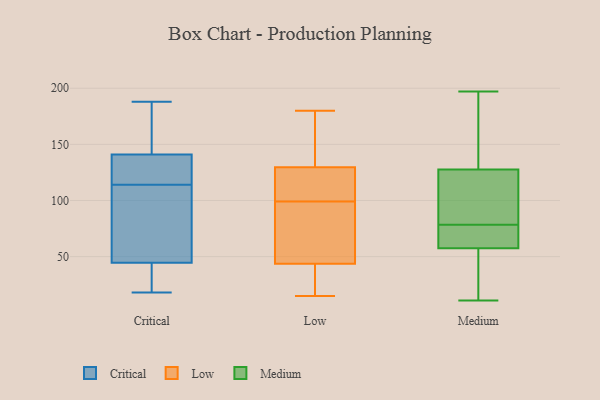
{"axis": {"x": "Page Views", "y": "Value"}, "legend": ["Critical", "Low", "Medium"], "data": [{"x": "", "y": 145, "type": "Critical"}, {"x": "", "y": 42, "type": "Critical"}, {"x": "", "y": 24, "type": "Critical"}, {"x": "", "y": 188, "type": "Critical"}, {"x": "", "y": 132, "type": "Critical"}, {"x": "", "y": 20, "type": "Critical"}, {"x": "", "y": 18, "type": "Critical"}, {"x": "", "y": 144, "type": "Critical"}, {"x": "", "y": 52, "type": "Critical"}, {"x": "", "y": 113, "type": "Critical"}, {"x": "", "y": 29, "type": "Critical"}, {"x": "", "y": 114, "type": "Critical"}, {"x": "", "y": 117, "type": "Critical"}, {"x": "", "y": 179, "type": "Critical"}, {"x": "", "y": 86, "type": "Critical"}, {"x": "", "y": 77, "type": "Critical"}, {"x": "", "y": 173, "type": "Critical"}, {"x": "", "y": 121, "type": "Critical"}, {"x": "", "y": 119, "type": "Critical"}, {"x": "", "y": 15, "type": "Low"}, {"x": "", "y": 147, "type": "Low"}, {"x": "", "y": 69, "type": "Low"}, {"x": "", "y": 82, "type": "Low"}, {"x": "", "y": 15, "type": "Low"}, {"x": "", "y": 61, "type": "Low"}, {"x": "", "y": 23, "type": "Low"}, {"x": "", "y": 99, "type": "Low"}, {"x": "", "y": 145, "type": "Low"}, {"x": "", "y": 180, "type": "Low"}, {"x": "", "y": 38, "type": "Low"}, {"x": "", "y": 119, "type": "Low"}, {"x": "", "y": 101, "type": "Low"}, {"x": "", "y": 133, "type": "Low"}, {"x": "", "y": 116, "type": "Low"}, {"x": "", "y": 109, "type": "Medium"}, {"x": "", "y": 92, "type": "Medium"}, {"x": "", "y": 146, "type": "Medium"}, {"x": "", "y": 53, "type": "Medium"}, {"x": "", "y": 11, "type": "Medium"}, {"x": "", "y": 102, "type": "Medium"}, {"x": "", "y": 197, "type": "Medium"}, {"x": "", "y": 150, "type": "Medium"}, {"x": "", "y": 106, "type": "Medium"}, {"x": "", "y": 70, "type": "Medium"}, {"x": "", "y": 56, "type": "Medium"}, {"x": "", "y": 59, "type": "Medium"}, {"x": "", "y": 30, "type": "Medium"}, {"x": "", "y": 155, "type": "Medium"}, {"x": "", "y": 72, "type": "Medium"}, {"x": "", "y": 84, "type": "Medium"}, {"x": "", "y": 73, "type": "Medium"}, {"x": "", "y": 15, "type": "Medium"}, {"x": "", "y": 147, "type": "Medium"}, {"x": "", "y": 60, "type": "Medium"}]}